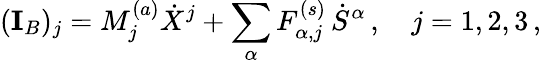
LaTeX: (\mathbf{I}_{B})_{j}=M_{j}^{(a)}\dot{X}^{j}+\sum_{\alpha}F_{\alpha,j}^{(s)}\, \dot{S}^{\alpha}\, ,\quad j=1,2,3\, ,